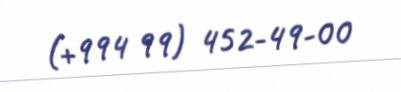
(+994 99) 452-49-00